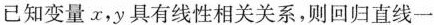
已知变量x，y具有线性相关关系，则回归直线一